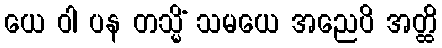
ယေ ဝါ ပန တသ္မိံ သမယေ အညေပိ အတ္ထိ